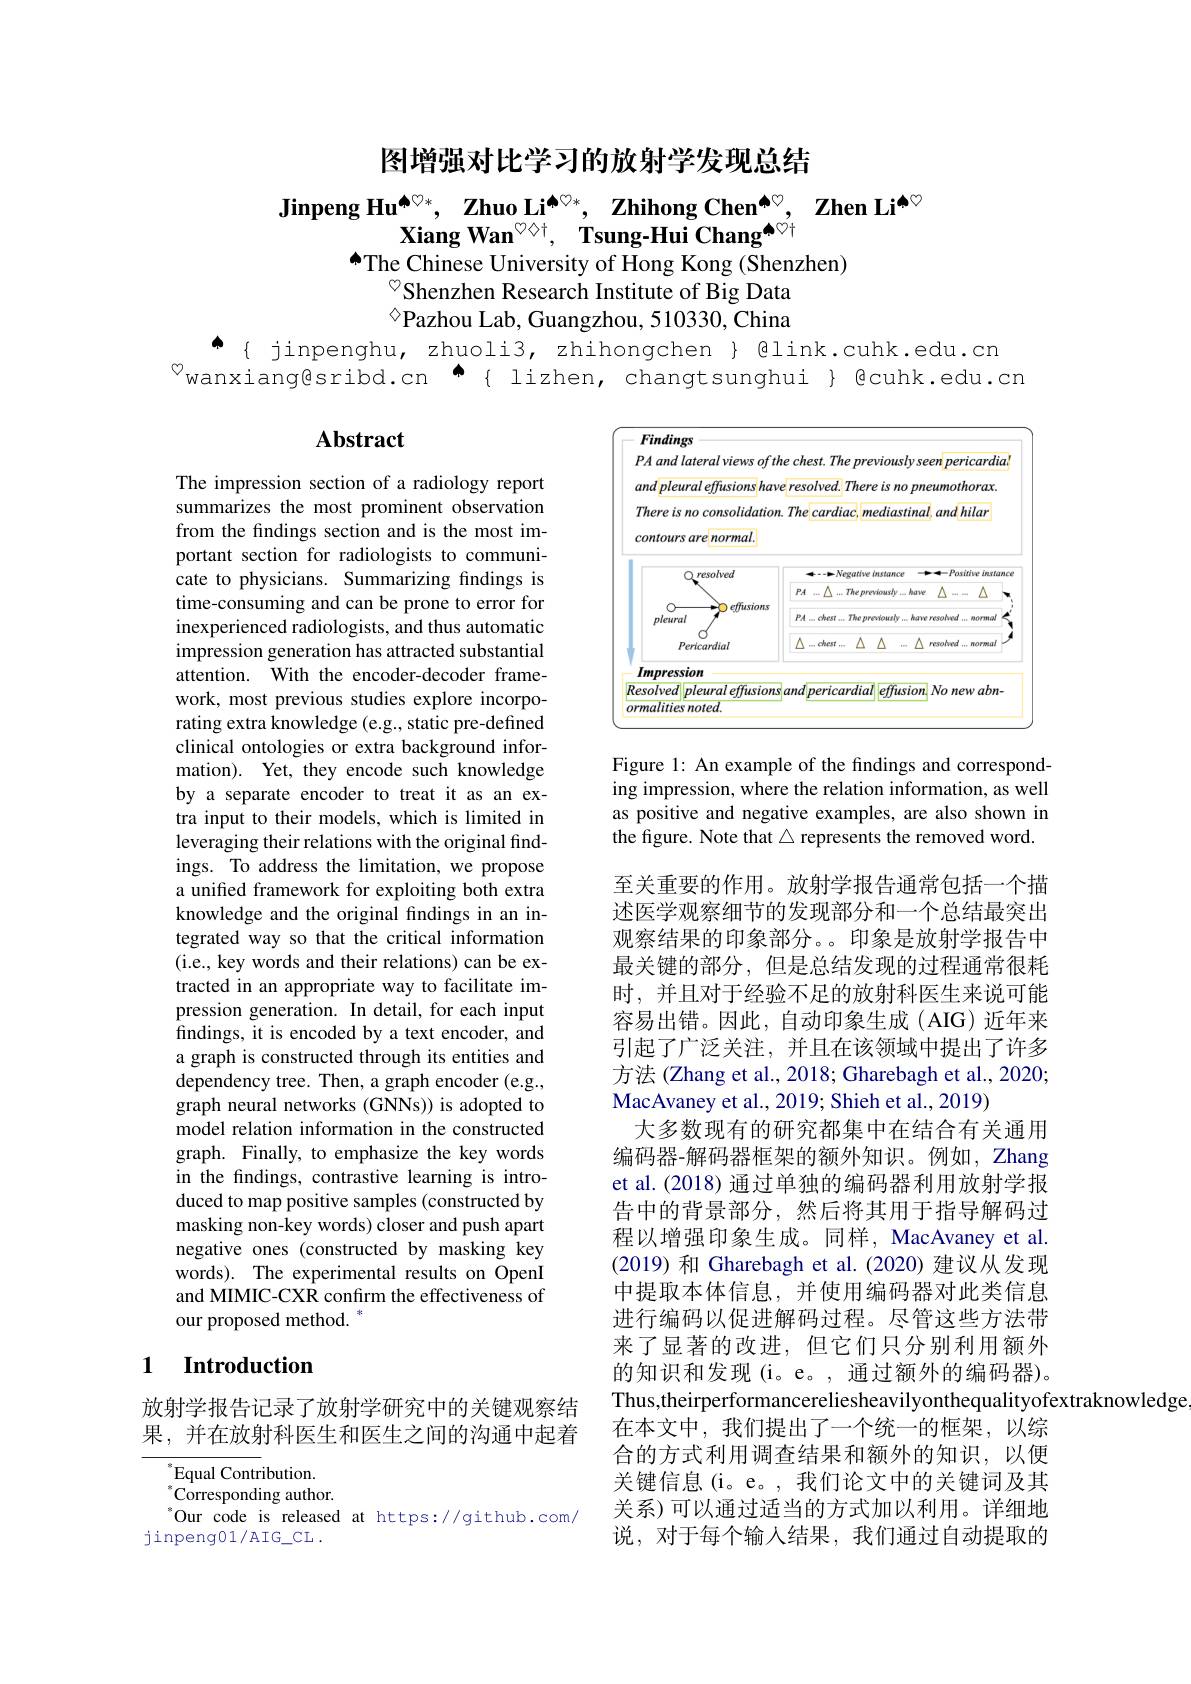
图增强对比学习的放射学发现总结

Jinpeng Hu$^{\spadesuit \heartsuit * }$, $\textbf{Zhuo Li}^{\spadesuit \heartsuit * }$, $\textbf{Zhihong Chen}^{\spadesuit \heartsuit }$, $\textbf{Zhen Li}^{\spadesuit \heartsuit }$
Xiang Wan$^{\textcircled{\mathrm{O}}{\mathrm{A}}}$, Tsung-Hui Chang$^{\textcircled{\mathrm{O}}{\mathrm{A}}}$
$^{\bullet}$The Chinese University of Hong Kong (Shenzhen)
$^{\textcircled{\circ}}$Shenzhen Research Institute of Big Data $^{\textcircled{\circ}}$Pazhou Lab, Guangzhou, 510330, China
$\spadesuit${ jinpenghu, zhuoli3, zhihongchen } @link.cuhk.edu.cn

$^{\textcircled{\mathrm{v}}}$wanxiang@sribd.cn $^{\spadesuit}${lizhen,changtsunghui} {@cuhk.edu.cn

# Abstract

<FigureHere>

Figure 1: An example of the findings and corresponding impression, where the relation information, as well as positive and negative examples, are also shown in the figure. Note that $\triangle$ represents the removed word.

The impression section of a radiology report summarizes the most prominent observation from the findings section and is the most important section for radiologists to communicate to physicians. Summarizing findings is time-consuming and can be prone to error for inexperienced radiologists, and thus automatic impression generation has attracted substantial attention. With the encoder-decoder framework, most previous studies explore incorporating extra knowledge (e.g., static pre-defined clinical ontologies or extra background information). Yet, they encode such knowledge by a separate encoder to treat it as an extra input to their models, which is limited in leveraging their relations with the original findings. To address the limitation, we propose a unified framework for exploiting both extra knowledge and the original findings in an integrated way so that the critical information (i.e., key words and their relations) can be extracted in an appropriate way to facilitate impression generation. In detail, for each input findings, it is encoded by a text encoder, and a graph is constructed through its entities and dependency tree. Then, a graph encoder (e.g., graph neural networks (GNNs)) is adopted to model relation information in the constructed graph. Finally, to emphasize the key words in the findings, contrastive learning is introduced to map positive samples (constructed by masking non-key words) closer and push apart negative ones (constructed by masking key words). The experimental results on OpenI and MIMIC-CXR confirm the effectiveness of our proposed method. *

至关重要的作用。放射学报告通常包括一个描述医学观察细节的发现部分和一个总结最突出观察结果的印象部分。。印象是放射学报告中最关键的部分，但是总结发现的过程通常很耗时，并且对于经验不足的放射科医生来说可能容易出错。因此，自动印象生成(AIG)近年来引起了广泛关注，并且在该领域中提出了许多方法 (Zhang et al., 2018; Gharebagh et al., 2020; MacAvaney et al., 2019; Shieh et al., 2019)
大多数现有的研究都集中在结合有关通用编码器-解码器框架的额外知识。例如，Zhang et al.(2018) 通过单独的编码器利用放射学报告中的背景部分，然后将其用于指导解码过程以增强印象生成。同样，MacAvaney et al. (2019) 和 Gharebagh et al.(2020) 建议从发现中提取本体信息，并使用编码器对此类信息进行编码以促进解码过程。尽管这些方法带来了显著的改进，但它们只分别利用额外的知识和发现(i。e。, 通过额外的编码器)。Thus,theirperformancereliesheavilyonthequalityofextraknowledge
在本文中，我们提出了一个统一的框架，以综合的方式利用调查结果和额外的知识，以便关键信息(i。e。,我们论文中的关键词及其关系)可以通过适当的方式加以利用。详细地说，对于每个输入结果，我们通过自动提取的

## 1 Introduction

放射学报告记录了放射学研究中的关键观察结果，并在放射科医生和医生之间的沟通中起着

$^{*}$Equal Contribution. $^{*}$Corresponding author. $^{*}$Our code is released at https://github.com/
jinpeng01/AIG\_CL .